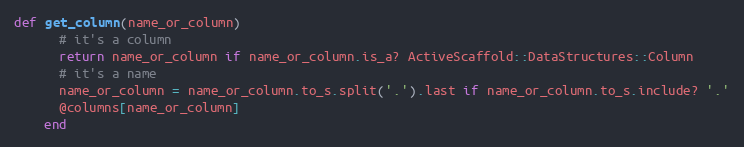
Language: Ruby
def get_column(name_or_column)
      # it's a column
      return name_or_column if name_or_column.is_a? ActiveScaffold::DataStructures::Column
      # it's a name
      name_or_column = name_or_column.to_s.split('.').last if name_or_column.to_s.include? '.'
      @columns[name_or_column]
    end